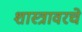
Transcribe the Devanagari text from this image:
शास्त्रावरचे